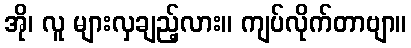
အို၊ လူ များလှချည့်လား။ ကျပ်လိုက်တာဗျာ။